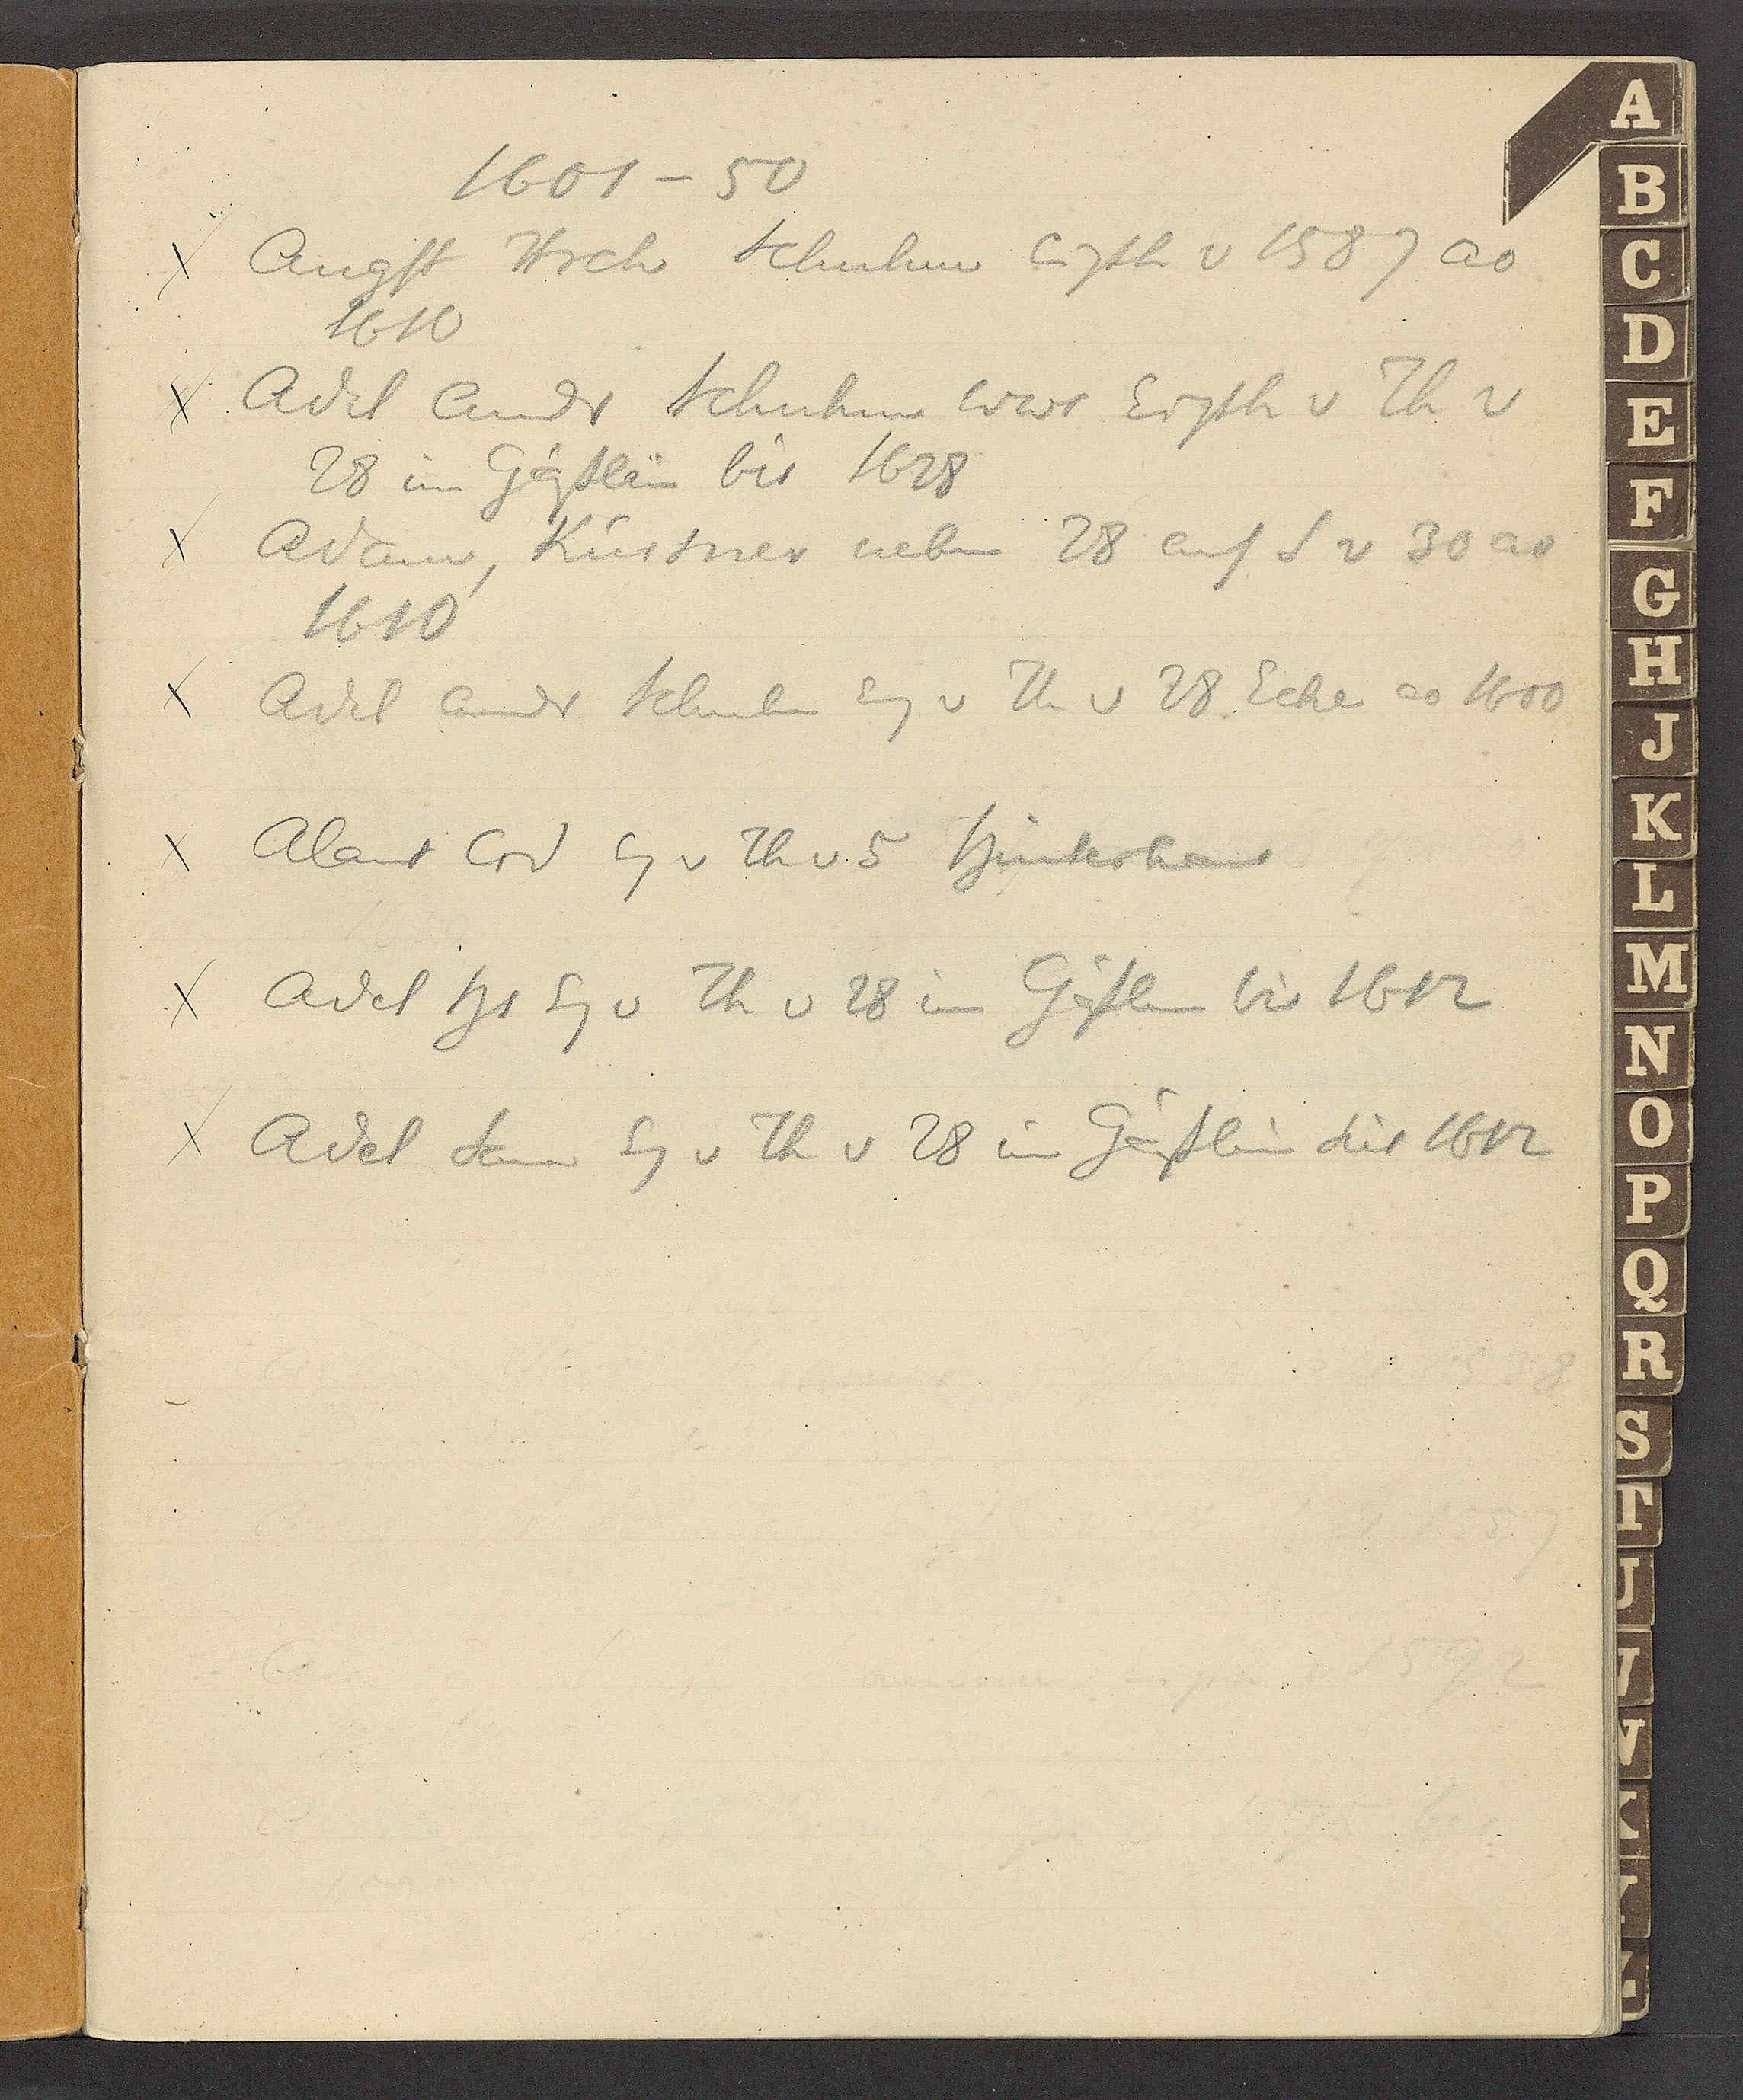
Transcript:
1601 – 50

χ Augst Hrch Schuhm Eigth v 1587 ao
1610

χ Adel Andr Schuhm Wwe Eigth v Th v
28 im Gässlin bis 1628

χ Adam, Kürsner neben 28 auf S v 30 ao
1610

χ Adel Andr Schuhm Eig v Th v 28 Ecke ao 1600

χ Alant Crd Eg v Th v 5 Hinterhaus

χ Adel Hs Eg v Th v 28 im Gässlin bis 1612

χ Adel Sam Eg v Th v 28 im Gässlin set 1612